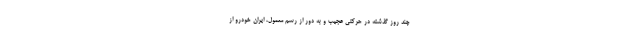
چند روز گذشته در حرکتی عجیب و به دور از رسم معمول، ایران خودرو از